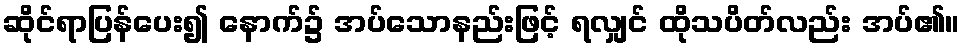
ဆိုင်ရာပြန်ပေး၍ နောက်၌ အပ်သောနည်းဖြင့် ရလျှင် ထိုသပိတ်လည်း အပ်၏။